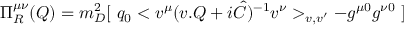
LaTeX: \Pi _ { R } ^ { \mu \nu } ( Q ) = m _ { D } ^ { 2 } [ \ q _ { 0 } < v ^ { \mu } ( v . Q + i \hat { C } ) ^ { - 1 } v ^ { \nu } > _ { v , v ^ { \prime } } - g ^ { \mu 0 } g ^ { \nu 0 } \ ]